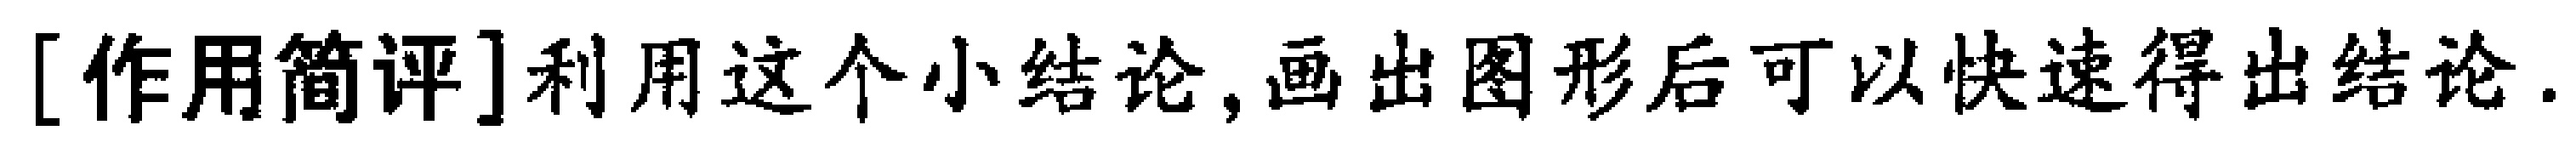
[作用简评]利用这个小结论,画出图形后可以快速得出结论.